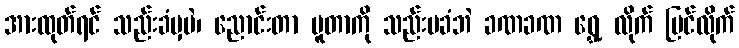
အားထုတ်ရင် သည်းခံမှပဲ၊ ညောင်းတာ ပူတာကို သည်းမခံဘဲ ခဏခဏ ရွှေ့ လိုက် ပြင်လိုက်